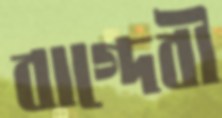
বাগ্‌দেবী